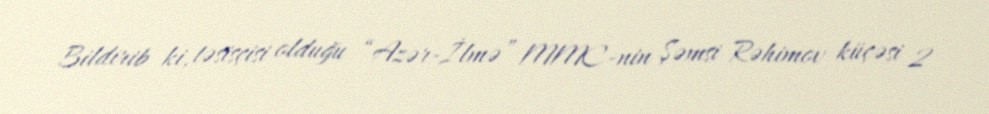
Bildirib ki, təsisçisi olduğu “Azər-İlmə” MMC-nin Şəmsi Rəhimov küçəsi 2